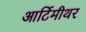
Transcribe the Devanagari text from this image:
आर्टिमीथर